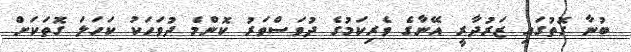
ބުނާ ގޮތުގައި ޒަރުދާރީ އޭނާގެ ވެރިކަމުގެ ދުވަސްވަރު ކޮންމެ ދުވަހަކު ކަހަލަ ގޮތަކަށް